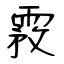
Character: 霚